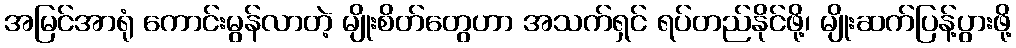
အမြင်အာရုံ ကောင်းမွန်လာတဲ့ မျိုးစိတ်တွေဟာ အသက်ရှင် ရပ်တည်နိုင်ဖို့၊ မျိုးဆက်ပြန့်ပွားဖို့